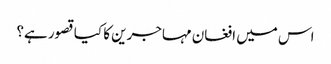
اس میں افغان مہاجرین کا کیا قصور ہے؟